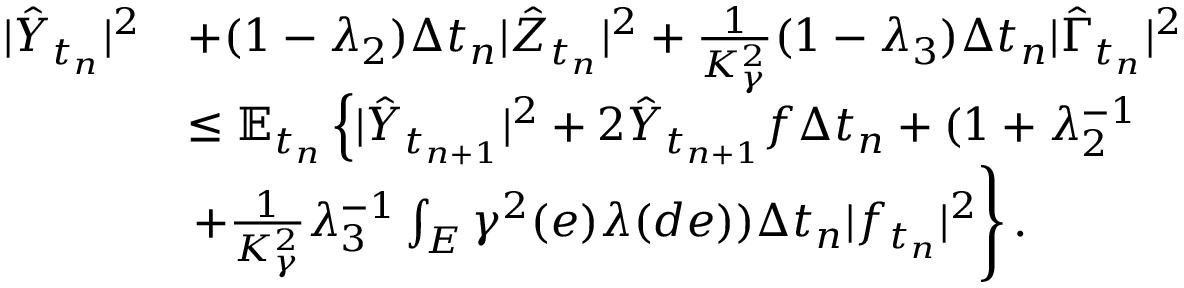
\begin{array} { r } { \begin{array} { r l } { | \hat { Y } _ { t _ { n } } | ^ { 2 } } & { + ( 1 - \lambda _ { 2 } ) \Delta t _ { n } | \hat { Z } _ { t _ { n } } | ^ { 2 } + \frac { 1 } { K _ { \gamma } ^ { 2 } } ( 1 - \lambda _ { 3 } ) \Delta t _ { n } | \hat { \Gamma } _ { t _ { n } } | ^ { 2 } } \\ & { \leq \mathbb { E } _ { t _ { n } } \left\{ | \hat { Y } _ { t _ { n + 1 } } | ^ { 2 } + 2 \hat { Y } _ { t _ { n + 1 } } f \Delta t _ { n } + ( 1 + \lambda _ { 2 } ^ { - 1 } \right. } \\ & { \left. + \frac { 1 } { K _ { \gamma } ^ { 2 } } \lambda _ { 3 } ^ { - 1 } \int _ { E } \gamma ^ { 2 } ( e ) \lambda ( d e ) ) \Delta t _ { n } | f _ { t _ { n } } | ^ { 2 } \right\} . } \end{array} } \end{array}